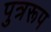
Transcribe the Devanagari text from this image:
पुत्ररूप